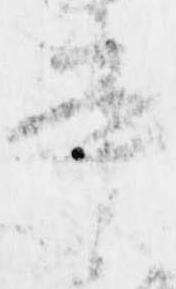
書